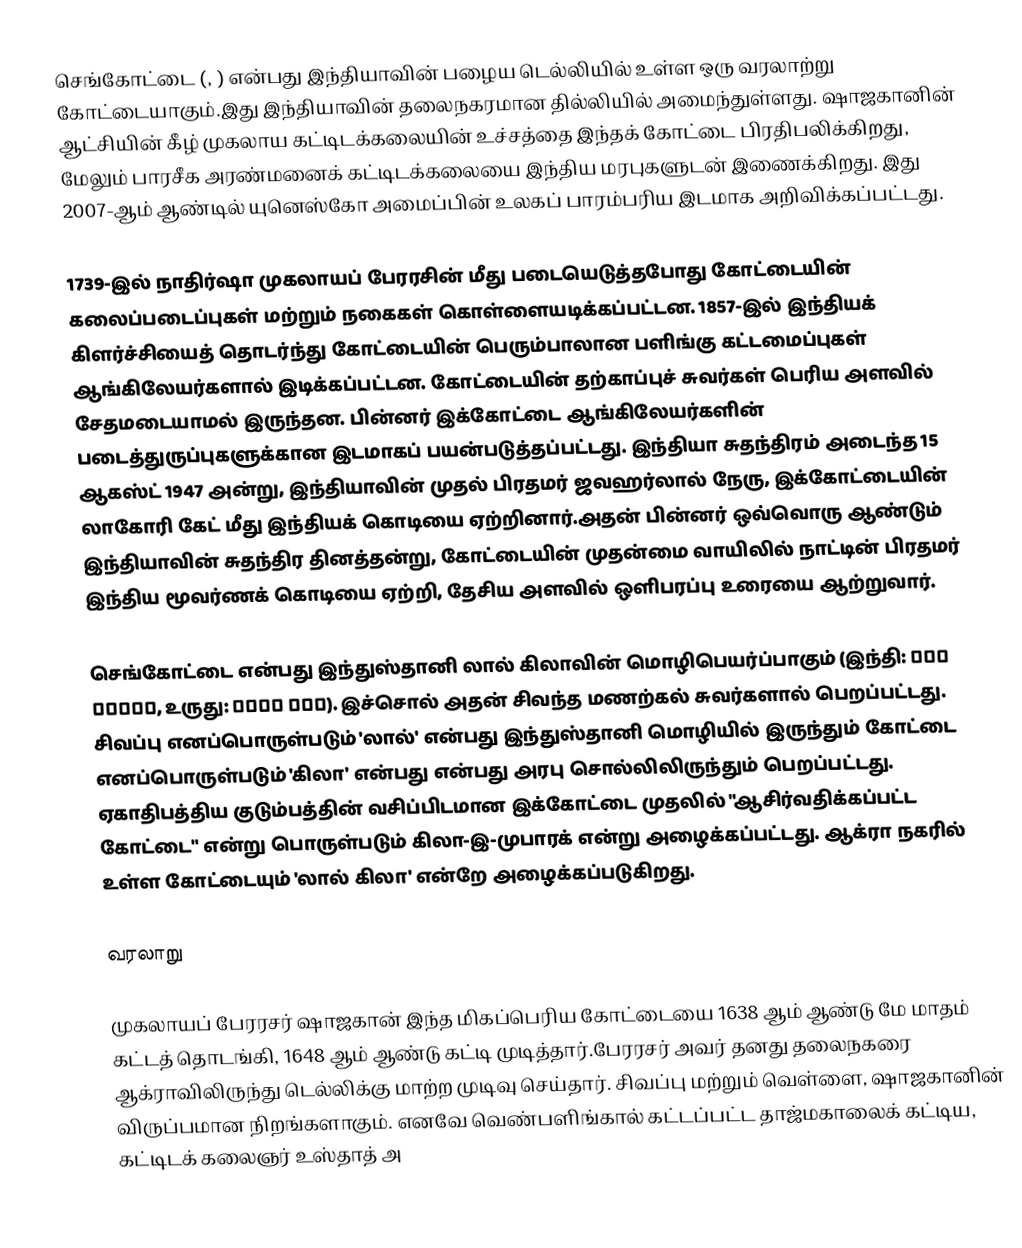
செங்கோட்டை (, ) என்பது இந்தியாவின் பழைய டெல்லியில் உள்ள ஒரு வரலாற்று கோட்டையாகும்.இது இந்தியாவின்  தலைநகரமான தில்லியில் அமைந்துள்ளது. ஷாஜகானின் ஆட்சியின் கீழ் முகலாய கட்டிடக்கலையின் உச்சத்தை இந்தக் கோட்டை பிரதிபலிக்கிறது, மேலும் பாரசீக அரண்மனைக் கட்டிடக்கலையை இந்திய மரபுகளுடன் இணைக்கிறது. இது 2007-ஆம் ஆண்டில் யுனெஸ்கோ அமைப்பின் உலகப் பாரம்பரிய இடமாக அறிவிக்கப்பட்டது.

1739-இல் நாதிர்ஷா முகலாயப் பேரரசின் மீது படையெடுத்தபோது கோட்டையின் கலைப்படைப்புகள் மற்றும் நகைகள் கொள்ளையடிக்கப்பட்டன. 1857-இல் இந்தியக் கிளர்ச்சியைத் தொடர்ந்து கோட்டையின் பெரும்பாலான பளிங்கு கட்டமைப்புகள் ஆங்கிலேயர்களால் இடிக்கப்பட்டன. கோட்டையின் தற்காப்புச் சுவர்கள் பெரிய அளவில் சேதமடையாமல் இருந்தன. பின்னர் இக்கோட்டை ஆங்கிலேயர்களின் படைத்துருப்புகளுக்கான இடமாகப் பயன்படுத்தப்பட்டது.  இந்தியா சுதந்திரம் அடைந்த 15 ஆகஸ்ட் 1947 அன்று, இந்தியாவின் முதல் பிரதமர் ஜவஹர்லால் நேரு, இக்கோட்டையின் லாகோரி கேட் மீது இந்தியக் கொடியை ஏற்றினார்.அதன் பின்னர் ஒவ்வொரு ஆண்டும் இந்தியாவின் சுதந்திர தினத்தன்று, கோட்டையின் முதன்மை வாயிலில் நாட்டின் பிரதமர் இந்திய மூவர்ணக் கொடியை ஏற்றி, தேசிய அளவில் ஒளிபரப்பு உரையை ஆற்றுவார்.

செங்கோட்டை என்பது இந்துஸ்தானி லால் கிலாவின் மொழிபெயர்ப்பாகும் (இந்தி: लाल क़िला, உருது: لال قلعہ). இச்சொல் அதன் சிவந்த மணற்கல் சுவர்களால் பெறப்பட்டது. சிவப்பு எனப்பொருள்படும் 'லால்' என்பது இந்துஸ்தானி மொழியில் இருந்தும் கோட்டை எனப்பொருள்படும் 'கிலா' என்பது என்பது அரபு சொல்லிலிருந்தும் பெறப்பட்டது. ஏகாதிபத்திய குடும்பத்தின் வசிப்பிடமான இக்கோட்டை முதலில் "ஆசிர்வதிக்கப்பட்ட கோட்டை" என்று பொருள்படும் கிலா-இ-முபாரக் என்று அழைக்கப்பட்டது.  ஆக்ரா நகரில் உள்ள கோட்டையும் 'லால் கிலா' என்றே அழைக்கப்படுகிறது.

வரலாறு

முகலாயப் பேரரசர் ஷாஜகான் இந்த மிகப்பெரிய கோட்டையை 1638 ஆம் ஆண்டு மே மாதம்  கட்டத் தொடங்கி, 1648 ஆம் ஆண்டு கட்டி முடித்தார்.பேரரசர் அவர் தனது தலைநகரை ஆக்ராவிலிருந்து டெல்லிக்கு மாற்ற முடிவு செய்தார். சிவப்பு மற்றும் வெள்ளை, ஷாஜகானின் விருப்பமான நிறங்களாகும்.  எனவே வெண்பளிங்கால் கட்டப்பட்ட தாஜ்மகாலைக் கட்டிய, கட்டிடக் கலைஞர் உஸ்தாத் அ